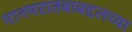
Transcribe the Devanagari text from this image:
मानमरातबाबद्दलच्या